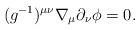
LaTeX: \begin{align*} (g^{-1})^{\mu\nu}\nabla_\mu\partial_\nu\phi=0.\end{align*}